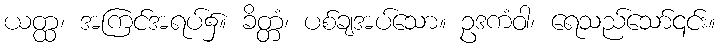
ယတ္ထ၊ အကြင်အရပ်၌။ ခိတ္တံ၊ ပစ်ချအပ်သော။ ဥဒကံဝါ၊ ရေသည်သော်၎င်း။